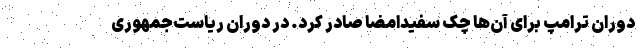
دوران ترامپ برای آن‌ها چک سفیدامضا صادر کرد. در دوران ریاست‌جمهوری